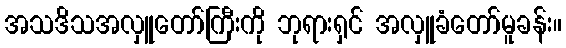
အသဒိသအလှူတော်ကြီးကို ဘုရားရှင် အလှူခံတော်မူခန်း။